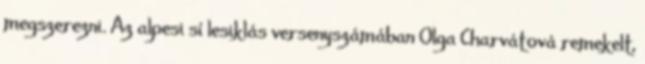
megszerezni. Az alpesi sí lesiklás versenyszámában Olga Charvátová remekelt,